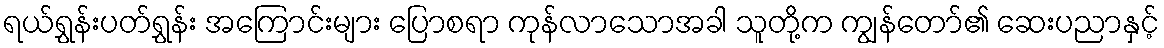
ရယ်ရွှန်းပတ်ရွှန်း အကြောင်းများ ပြောစရာ ကုန်လာသောအခါ သူတို့က ကျွန်တော်၏ ဆေးပညာနှင့်